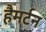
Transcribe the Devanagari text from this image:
हैमर्टन